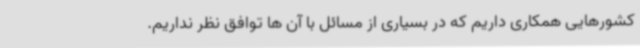
کشورهایی همکاری داریم که در بسیاری از مسائل با آن ها توافق نظر نداریم.